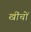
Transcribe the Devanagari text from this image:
खींचों